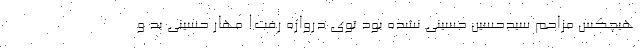
هیچکس مزاحم سیدحسین حسینی نشده بود توی دروازه رفت! مهار حسینی بد و